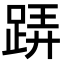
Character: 𨁦